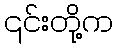
၎င်းတို့က